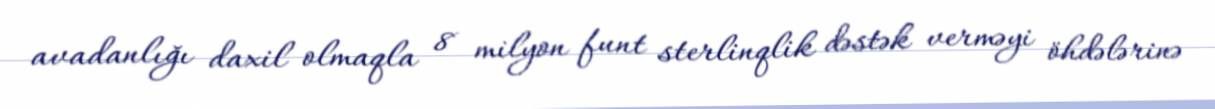
avadanlığı daxil olmaqla 8 milyon funt sterlinqlik dəstək verməyi öhdələrinə